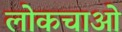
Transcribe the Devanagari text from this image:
लोकचाओ